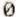
0